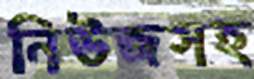
নিউজসহ